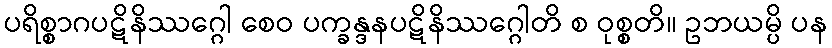
ပရိစ္စာဂပဋိနိဿဂ္ဂေါ စေဝ ပက္ခန္ဒနပဋိနိဿဂ္ဂေါတိ စ ဝုစ္စတိ။ ဥဘယမ္ပိ ပန